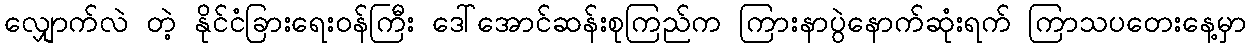
လျှောက်လဲ တဲ့ နိုင်ငံခြားရေးဝန်ကြီး ဒေါ်အောင်ဆန်းစုကြည်က ကြားနာပွဲနောက်ဆုံးရက် ကြာသပတေးနေ့မှာ